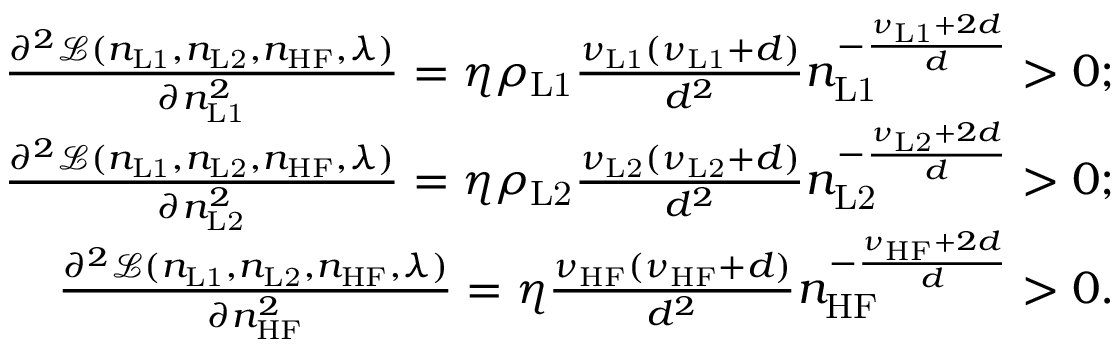
\begin{array} { r } { \frac { \partial ^ { 2 } \mathcal { L } ( n _ { \mathrm { L 1 } } , n _ { \mathrm { L 2 } } , n _ { \mathrm { H F } } , \lambda ) } { \partial n _ { \mathrm { L 1 } } ^ { 2 } } = \eta \rho _ { \mathrm { L 1 } } \frac { \nu _ { \mathrm { L 1 } } ( \nu _ { \mathrm { L 1 } } + d ) } { d ^ { 2 } } n _ { \mathrm { L 1 } } ^ { - \frac { \nu _ { \mathrm { L 1 } } + 2 d } { d } } > 0 ; } \\ { \frac { \partial ^ { 2 } \mathcal { L } ( n _ { \mathrm { L 1 } } , n _ { \mathrm { L 2 } } , n _ { \mathrm { H F } } , \lambda ) } { \partial n _ { \mathrm { L 2 } } ^ { 2 } } = \eta \rho _ { \mathrm { L 2 } } \frac { \nu _ { \mathrm { L 2 } } ( \nu _ { \mathrm { L 2 } } + d ) } { d ^ { 2 } } n _ { \mathrm { L 2 } } ^ { - \frac { \nu _ { \mathrm { L 2 } } + 2 d } { d } } > 0 ; } \\ { \frac { \partial ^ { 2 } \mathcal { L } ( n _ { \mathrm { L 1 } } , n _ { \mathrm { L 2 } } , n _ { \mathrm { H F } } , \lambda ) } { \partial n _ { \mathrm { H F } } ^ { 2 } } = \eta \frac { \nu _ { \mathrm { H F } } ( \nu _ { \mathrm { H F } } + d ) } { d ^ { 2 } } n _ { \mathrm { H F } } ^ { - \frac { \nu _ { \mathrm { H F } } + 2 d } { d } } > 0 . } \end{array}